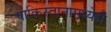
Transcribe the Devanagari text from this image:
पाकिस्तानामध्येही